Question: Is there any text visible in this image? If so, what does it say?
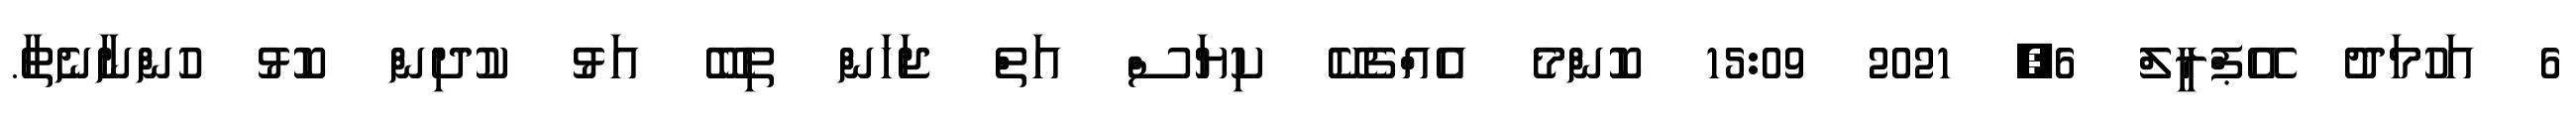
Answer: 6 އަހުމަދު އޭޕްރީލް 6, 2021 15:09 ކޮންމެ އެއްޗެކޭ ކިޔަސް އަތް ޖަހަން ތިބޭ އަޅު ކުދިން ކޮޅު ހުންނާނެތާ.